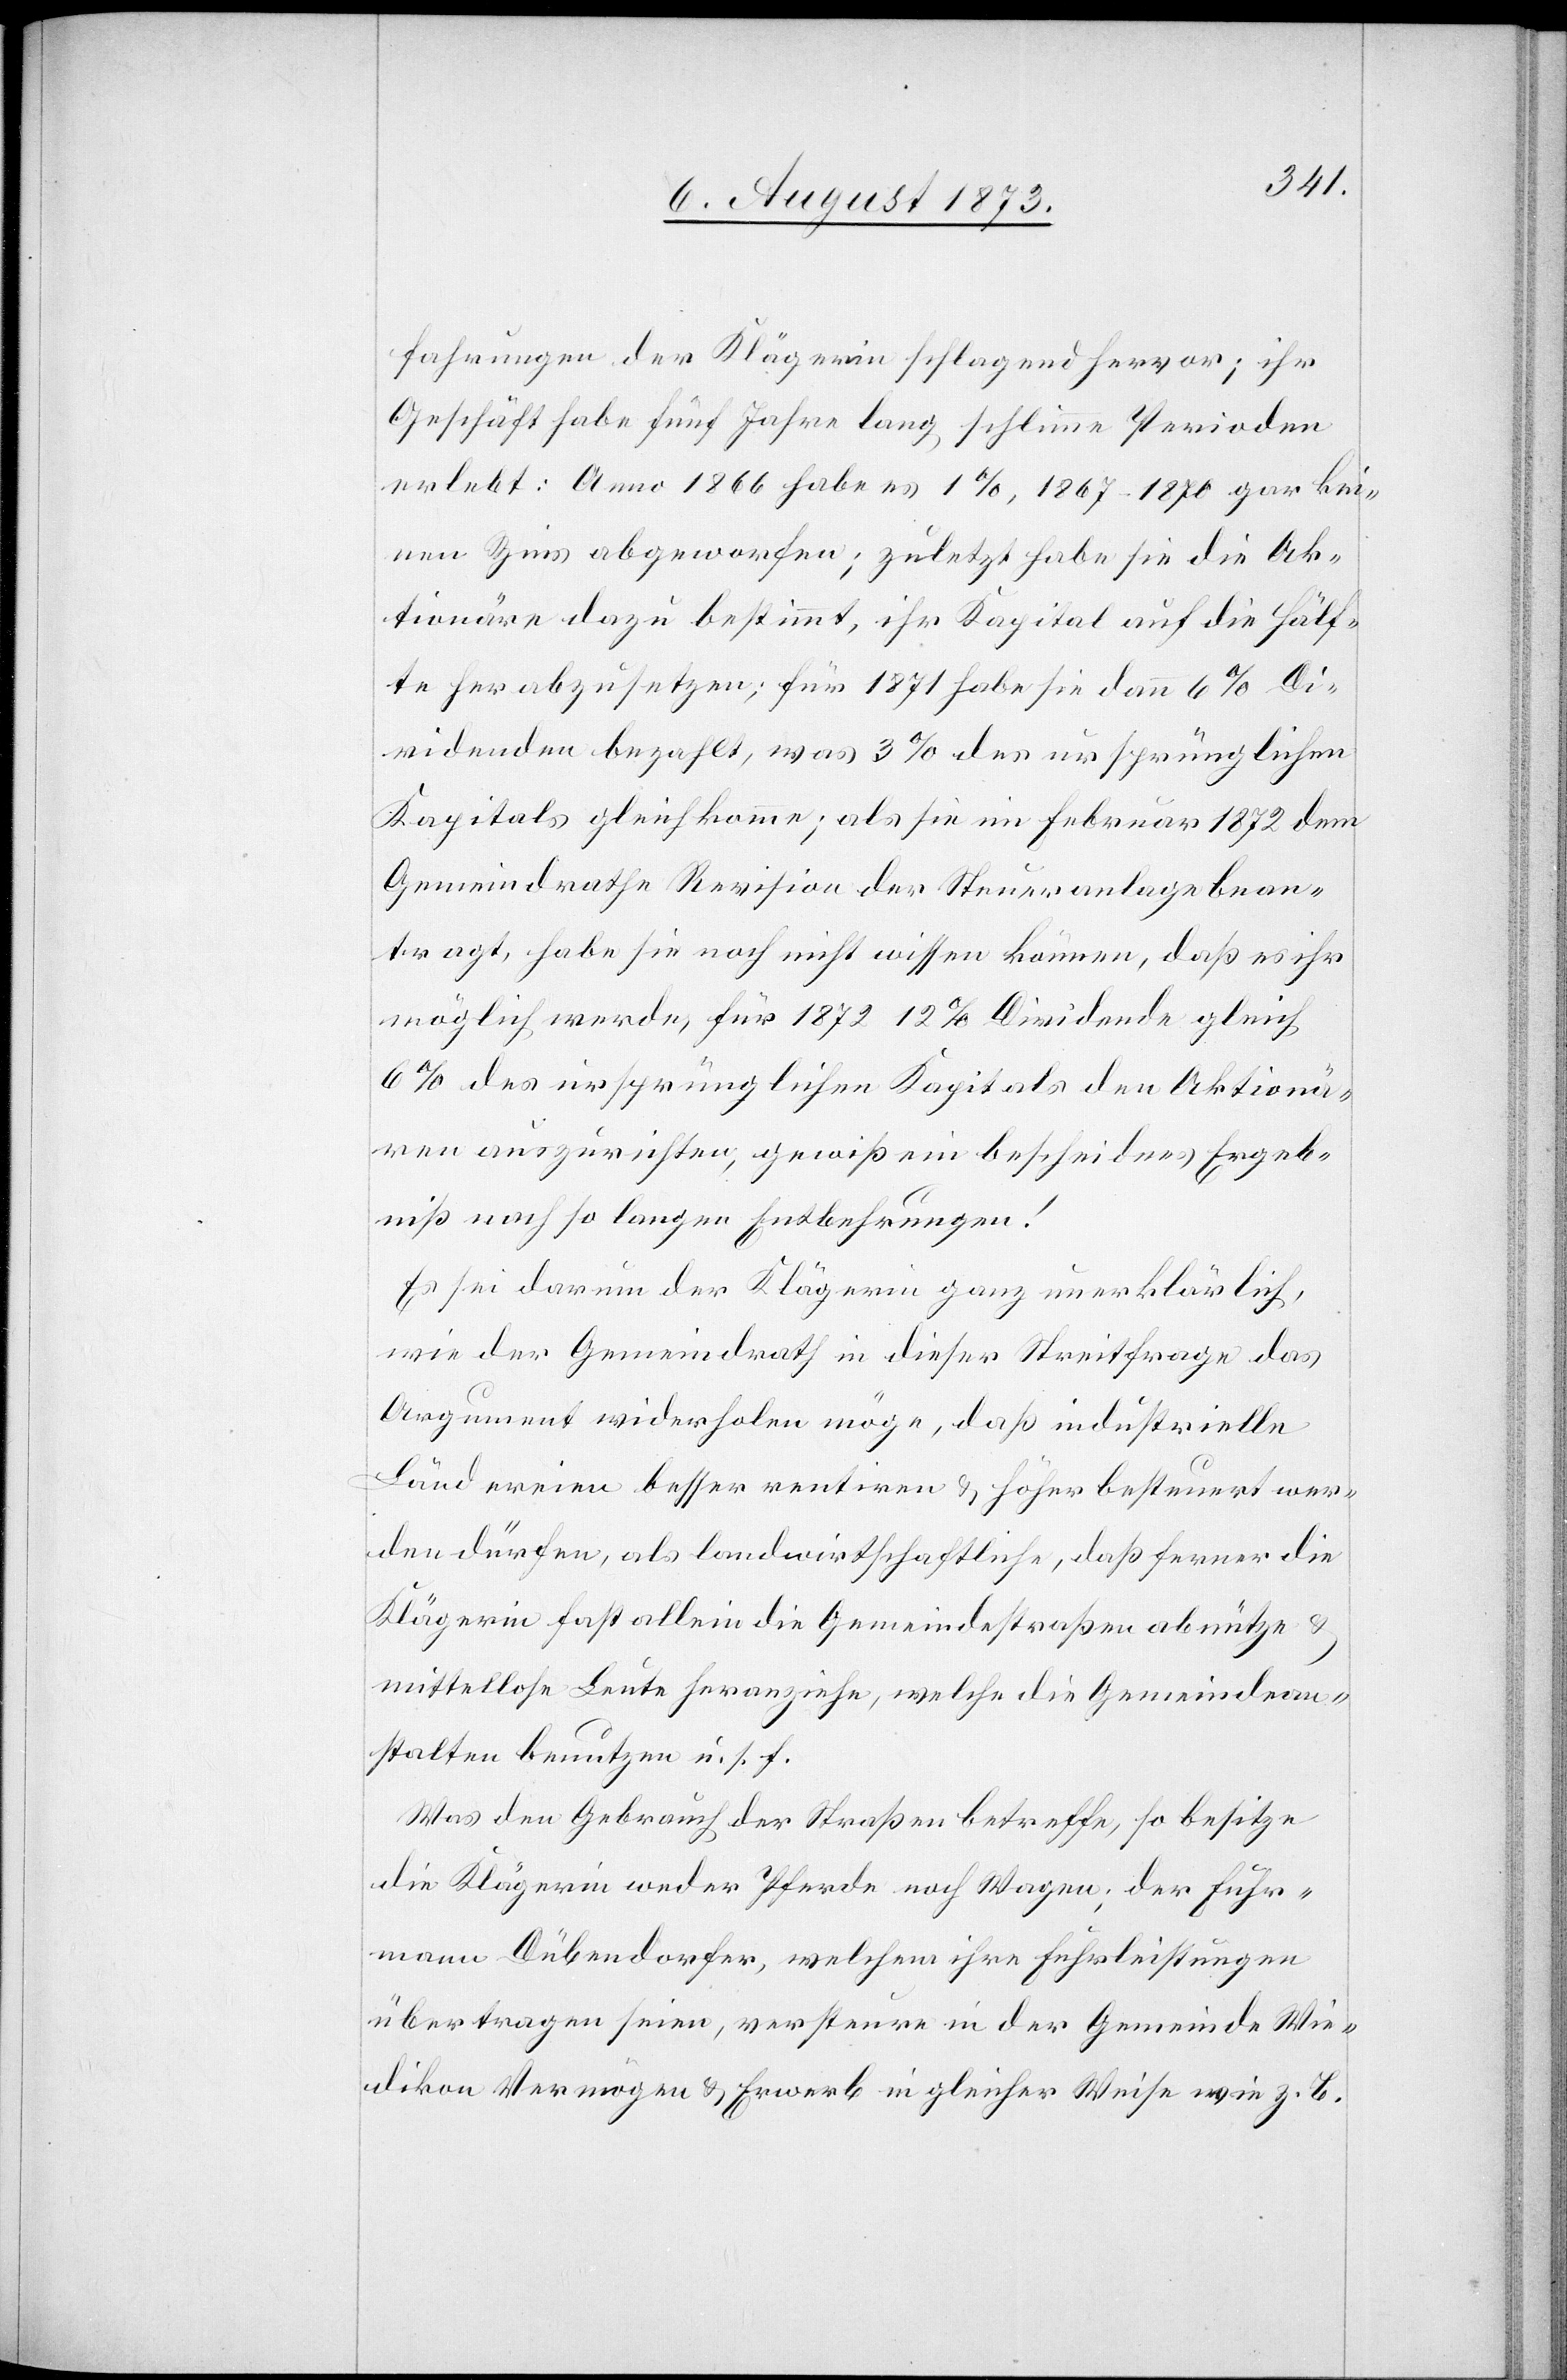
fahrungen der Klägerin schlagend hervor; ihr
Geschäft habe fünf Jahre lang schlimme Perioden
erlebt: Anno 1866 habe es 1%, 1867–1870 gar kei¬
nen Zins abgeworfen; zuletzt habe sie die Ak¬
tionäre dazu bestimmt, ihr Kapital auf die Hälf¬
te herabzusetzen; für 1871 habe sie dann 6% Di¬
videnden bezahlt, was 3% des ursprünglichen
Kapitals gleichkomme; als sie im Februar 1872 dem
Gemeindrathe Revision der Steueranlage bean¬
tragt, habe sie noch nicht wissen können, daß es ihr
möglich werde, für 1872 12% Dividende gleich
6% des ursprünglichen Kapitals den Aktionä¬
ren auszurichten, gewiß ein bescheidnes Ergeb¬
niß nach so langen Entbehrungen!
Es sei darum der Klägerin ganz unerklärlich,
wie der Gemeindrath in dieser Streitfrage das
Argument widerholen möge, daß industrielle
Ländereien besser rentiren & höher besteuert wer¬
den dürfen, als landwirthschaftliche, daß ferner die
Klägerin fast allein die Gemeindestraßen abnütze &
mittellose Leute heranziehe, welche die Gemeindean¬
stalten benutzen u. s. f.
Was den Gebrauch der Straßen betreffe, so besitze
die Klägerin weder Pferde noch Wagen; der Fuhr¬
mann Dübendorfer, welchem ihre Fuhrleistungen
übertragen seien, versteure in der Gemeinde Wie¬
dikon Vermögen & Erwerb in gleicher Weise wie z. B.